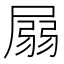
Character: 𡲳